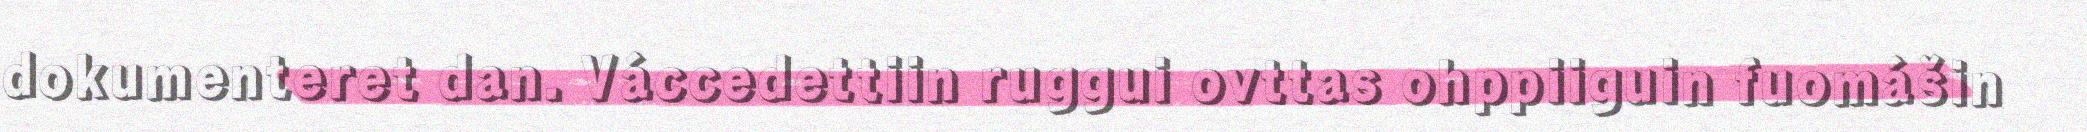
dokumenteret dan. Váccedettiin ruggui ovttas ohppiiguin fuomášin